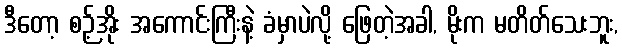
ဒီတော့ စဉ့်အိုး အကောင်းကြီးနဲ့ ခံမှာပဲလို့ ဖြေတဲ့အခါ, မိုးက မတိတ်သေးဘူး,